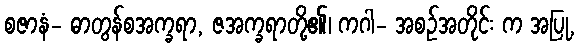
စဇာနံ- ဓာတွန်စအက္ခရာ, ဇအက္ခရာတို့၏၊ ကဂါ- အစဉ်အတိုင်း က အပြု,